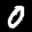
Label: 0